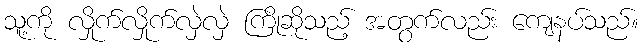
သူ့ကို လှိုက်လှိုက်လှဲလှဲ ကြိုဆိုသည့် အတွက်လည်း ကျေနပ်သည်။